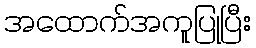
အထောက်အကူပြုပြီး